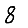
Digit: 8